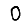
Digit: 0